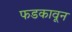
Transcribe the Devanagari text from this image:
फडकावून